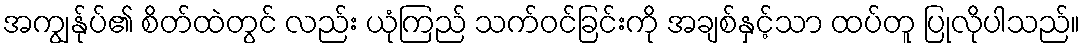
အကျွန်ုပ်၏ စိတ်ထဲတွင် လည်း ယုံကြည် သက်ဝင်ခြင်းကို အချစ်နှင့်သာ ထပ်တူ ပြုလိုပါသည်။